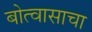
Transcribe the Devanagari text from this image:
बोत्वासाचा